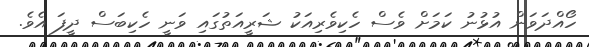
ހޯއްދަވަން އުޅުނު ކަމަށް ވެސް ހެކިވެރިއަކު ޝަރީއަތުގައި ވަނީ ހެކިބަސް ދީފަ އެވެ.